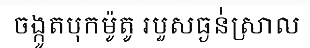
ចង្កូតបុកម៉ូតូ របួសធ្ងន់់ស្រាល